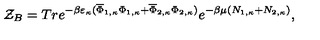
{ \cal Z } _ { B } = T r e ^ { - \beta \varepsilon _ { \kappa } ( \overline { { \Phi } } _ { 1 , \kappa } \Phi _ { 1 , \kappa } + \overline { { \Phi } } _ { 2 , \kappa } \Phi _ { 2 , \kappa } ) } e ^ { - \beta \mu ( N _ { 1 , \kappa } + N _ { 2 , \kappa } ) } ,